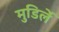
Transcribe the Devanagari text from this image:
मुडिर्ले